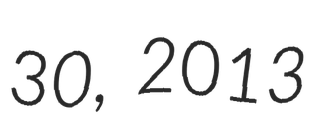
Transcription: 30, 2013